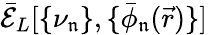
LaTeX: \mathcal{\bar{E}}_{L}[\{ \nu_{\mathfrak{n}}\} ,\{ \bar{\phi}_{\mathfrak{n}}(\vec{r})\} ]